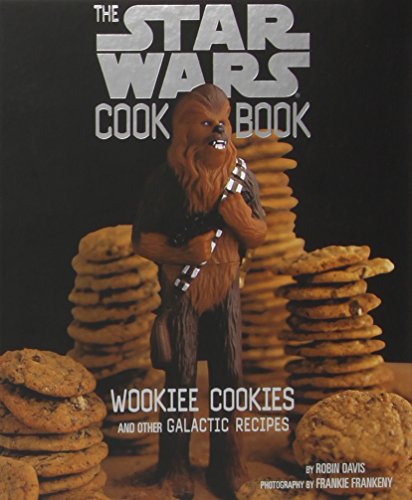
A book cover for The Star Wars Cook Book: Wookiee Cookies and Other Galactic Recipes; Robin Davis; Cookbooks, Food & Wine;